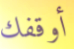
أوقفك